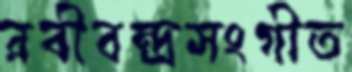
রবীবন্দ্রসংগীত